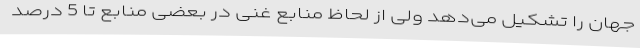
جهان را تشکیل می‌دهد ولی از لحاظ منابع غنی در بعضی منابع تا 5 درصد